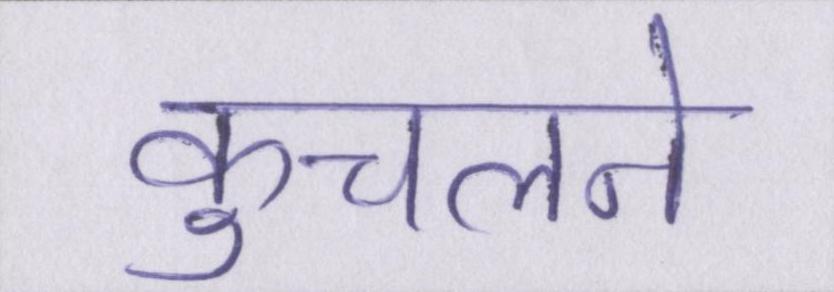
कुचलने